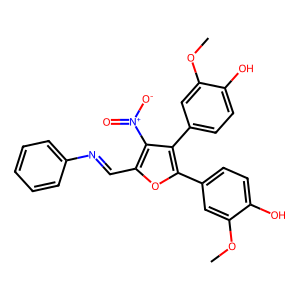
SMILES: COc1cc(-c2oc(C=Nc3ccccc3)c([N+](=O)[O-])c2-c2ccc(O)c(OC)c2)ccc1O
Inhibits HIV replication: No